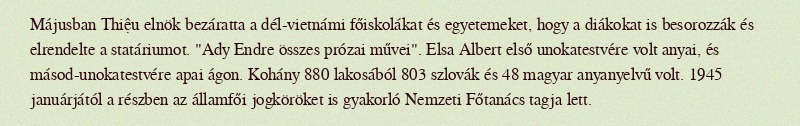
Májusban Thiệu elnök bezáratta a dél-vietnámi főiskolákat és egyetemeket, hogy a diákokat is besorozzák és elrendelte a statáriumot. "Ady Endre összes prózai művei". Elsa Albert első unokatestvére volt anyai, és másod-unokatestvére apai ágon. Kohány 880 lakosából 803 szlovák és 48 magyar anyanyelvű volt. 1945 januárjától a részben az államfői jogköröket is gyakorló Nemzeti Főtanács tagja lett.